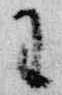
王